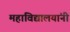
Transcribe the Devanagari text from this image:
महाविद्यालयांनी